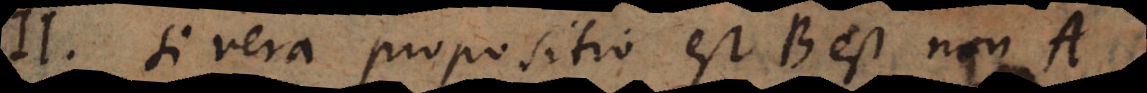
II. Si vera propositio est B est non A,